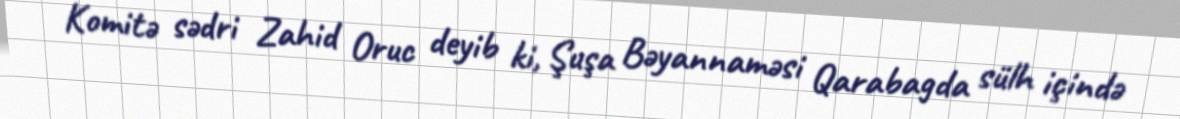
Komitə sədri Zahid Oruc deyib ki, Şuşa Bəyannaməsi Qarabagda sülh içində